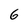
Character: 6